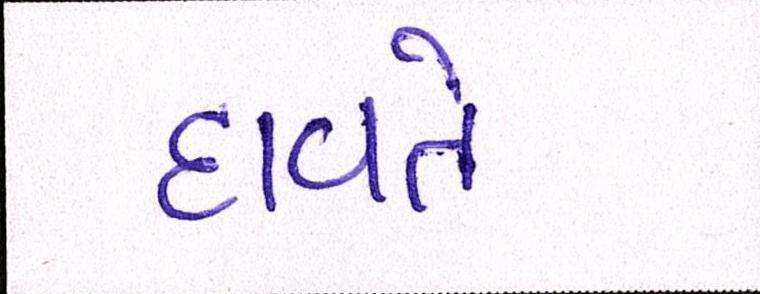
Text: દાવતે